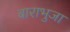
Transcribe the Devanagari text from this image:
बाराभुजा